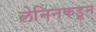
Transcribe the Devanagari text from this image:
लेनिनकडून